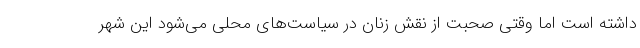
داشته است اما وقتی صحبت از نقش زنان در سیاست‌های محلی می‌شود این شهر